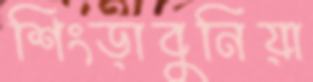
শিংড়াবুনিয়া